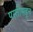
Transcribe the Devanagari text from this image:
पस्‍तीसहून